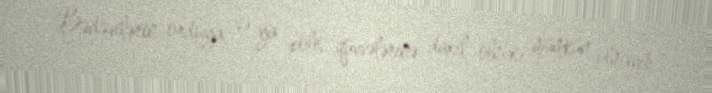
Bədəvilərin orduya və ya polis qüvvələrinə daxil olması mümkün olmayıb,